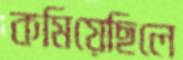
কমিয়েছিলে